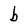
Character: b